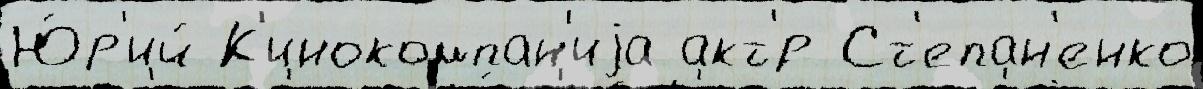
Ю́р'ий К'инокомпан'иjа акт'́р Ст'епан'енко